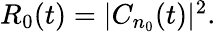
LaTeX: \begin{array}{r}{R_{0}(t)=|C_{n_{0}}(t)|^{2}.}\end{array}